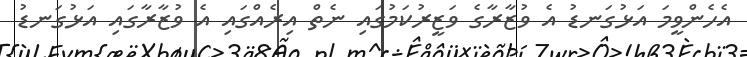
އެހެންވީމަ އަޅުގަނޑު އެ ވުޒާރާގެ ވަޒީރުކަމުގައި ނެތް އިރެއްގައި އެ ވުޒާރާގައި އަޅުގަނޑު